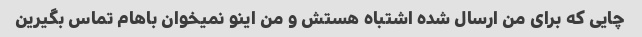
چایی که برای من ارسال شده اشتباه هستش و من اینو نمیخوان باهام تماس بگیرین